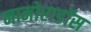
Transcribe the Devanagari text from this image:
नामोराडॉस